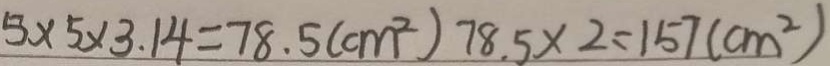
5 \times 5 \times 3 . 1 4 = 7 8 . 5 ( c m ^ { 2 } ) 7 8 . 5 \times 2 = 1 5 7 ( c m ^ { 2 } )